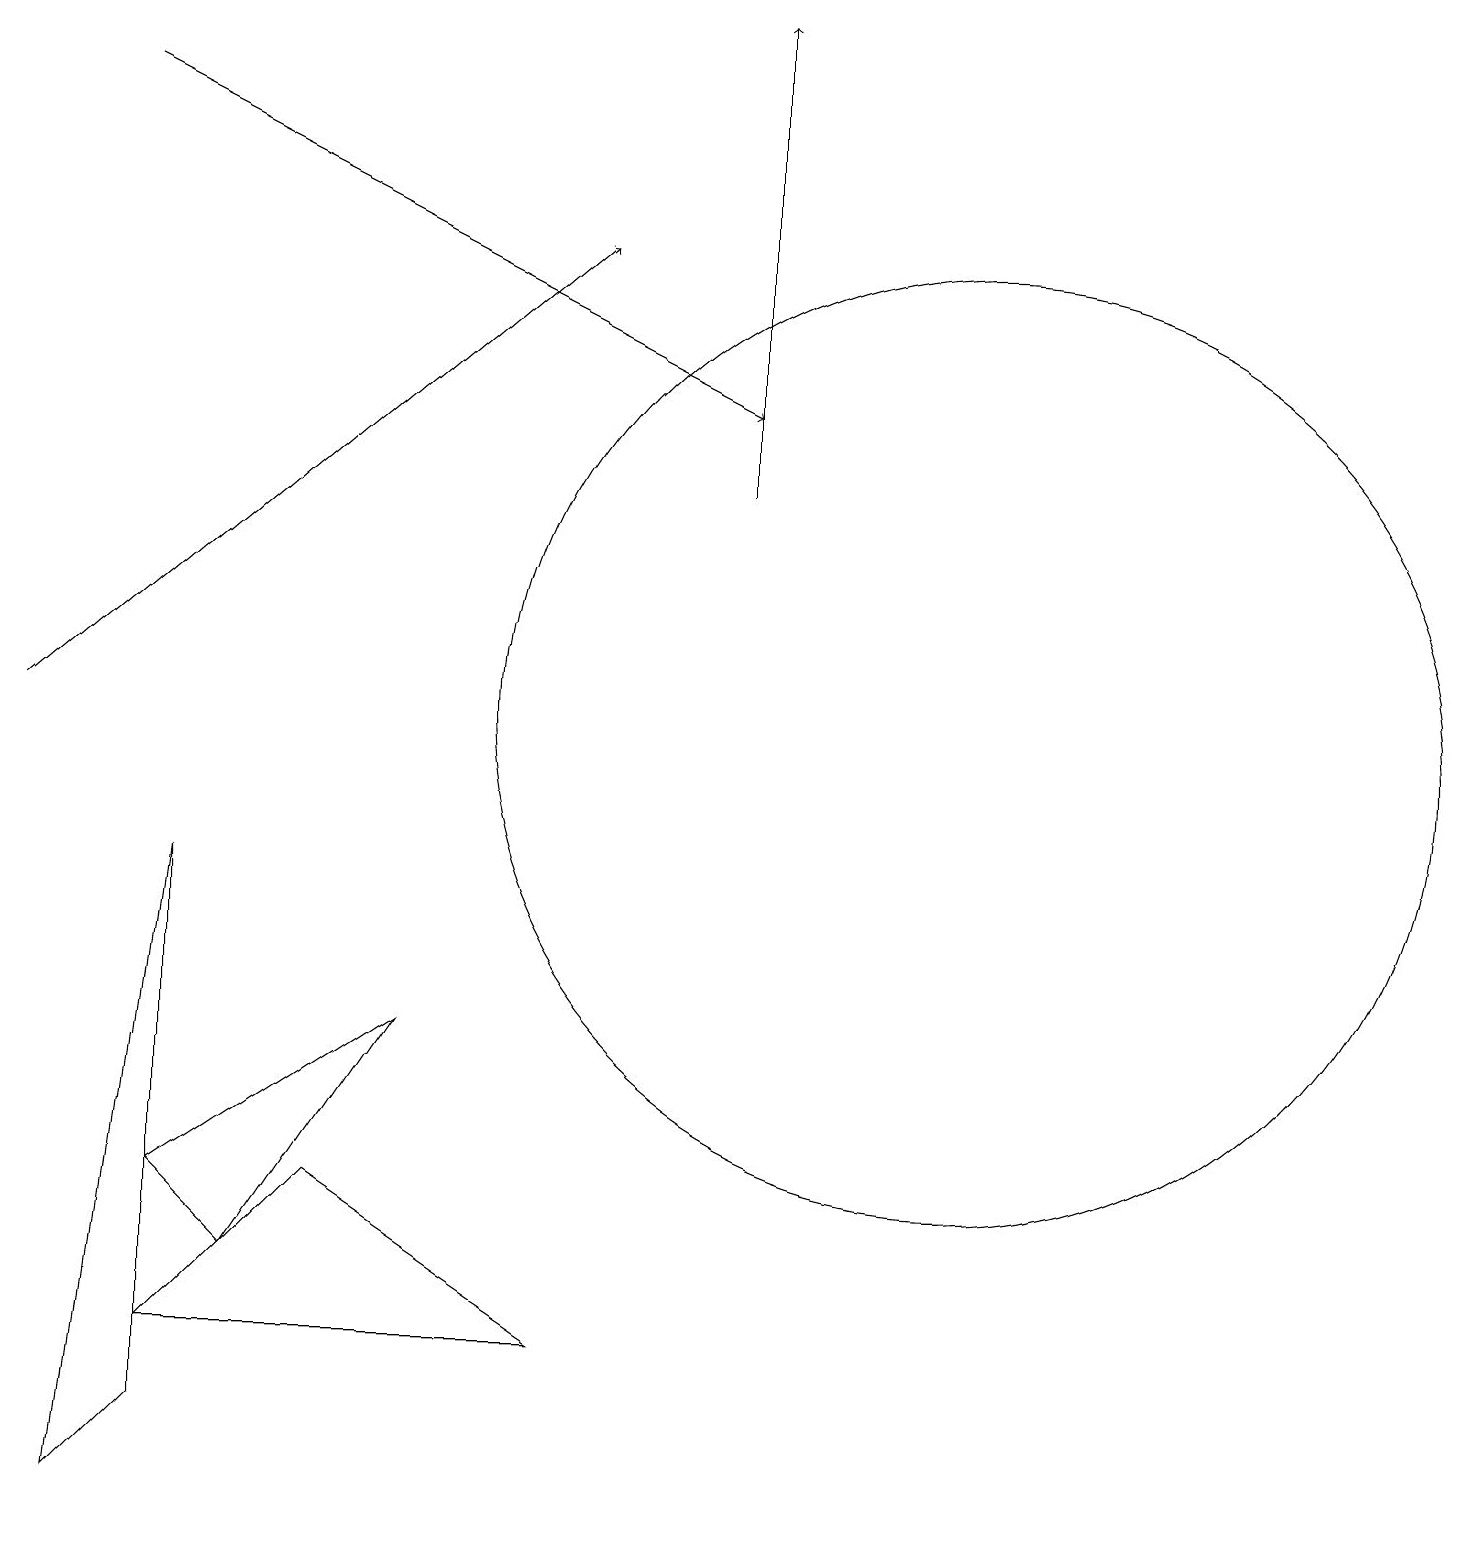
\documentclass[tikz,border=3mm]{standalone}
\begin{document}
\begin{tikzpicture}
\draw (12,10) circle (6);
\draw (3,3) -- (2,4) -- (5,6) -- cycle;
\draw (7,2) -- (4,4) -- (2,2) -- cycle;
\draw[->] (1,18) -- (9,14);
\draw[->] (9,13) -- (9,19);
\draw (2,8) -- (1,0) -- (2,1) -- cycle;
\draw[->] (0,10) -- (7,16);
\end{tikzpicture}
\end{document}